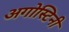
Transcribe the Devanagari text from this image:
अगोस्टिनी